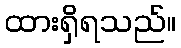
ထားရှိရသည်။